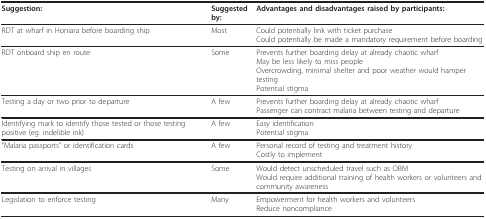
| Suggestion: | Suggested by: | Advantages and disadvantages raised by participants: |
 | --- | --- | --- |
 | RDT at wharf in Honiara before boarding ship | Most | Could potentially link with ticket purchaseCould potentially be made a mandatory requirement before boarding |
 | RDT onboard ship en route | Some | Prevents further boarding delay at already chaotic wharfMay be less likely to miss peopleOvercrowding, minimal shelter and poor weather would hamper testingPotential stigma |
 | Testing a day or two prior to departure | A few | Prevents further boarding delay at already chaotic wharfPassenger can contract malaria between testing and departure |
 | Identifying mark to identify those tested or those testing positive (eg. indelible ink) | A few | Easy identificationPotential stigma |
 | "Malaria passports" or identification cards | A few | Personal record of testing and treatment historyCostly to implement |
 | Testing on arrival in villages | Some | Would detect unscheduled travel such as OBMWould require additional training of health workers or volunteers and community awareness |
 | Legislation to enforce testing | Many | Empowerment for health workers and volunteersReduce noncompliance |